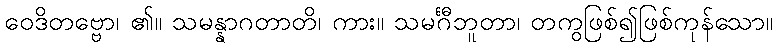
ဝေဒိတဗ္ဗော၊ ၏။ သမန္နာဂတာတိ၊ ကား။ သမင်္ဂီဘူတာ၊ တကွဖြစ်၍ဖြစ်ကုန်သော။